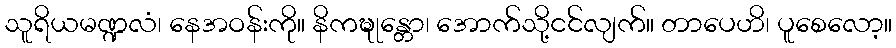
သူရိယမဏ္ဍလံ၊ နေအဝန်းကို။ နိကဍ္ဎုန္တော၊ အောက်သို့ငင်လျက်။ တာပေဟိ၊ ပူစေလော့။